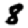
Digit: 8